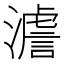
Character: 𤀃